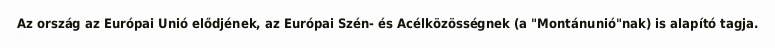
Az ország az Európai Unió elődjének, az Európai Szén- és Acélközösségnek (a "Montánunió"nak) is alapító tagja.